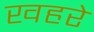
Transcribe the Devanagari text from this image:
खहरे